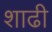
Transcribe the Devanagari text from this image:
शाढी